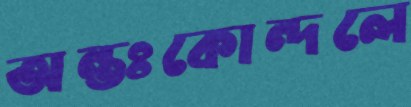
অন্তঃকোন্দলে